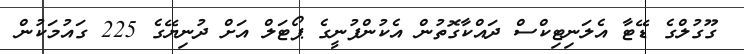
ގޫގުލްގެ ޑޭޓާ އެލަނިޓިކްސް ދައްކާގޮތުން އެކުންފުނީގެ ޕޯޓަލް އަށް ދުނިޔޭގެ 225 ގައުމަކުން